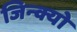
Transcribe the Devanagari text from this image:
जिन्क्यो